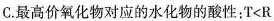
C.最高价氧化物对应的水化物的酸性：$$T<R$$